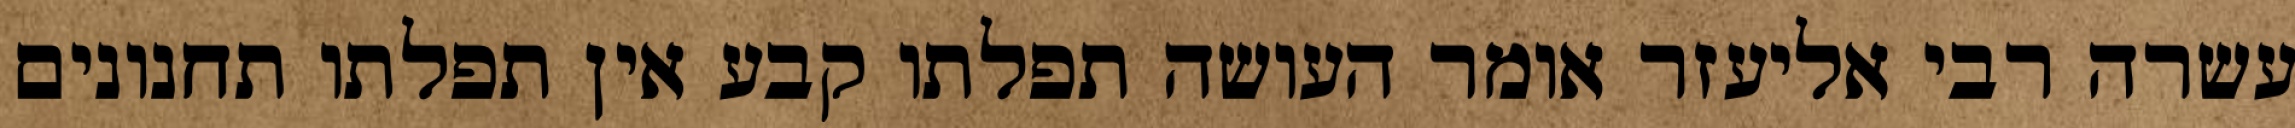
עשרה רבי אליעזר אומר העושה תפלתו קבע אין תפלתו תחנונים